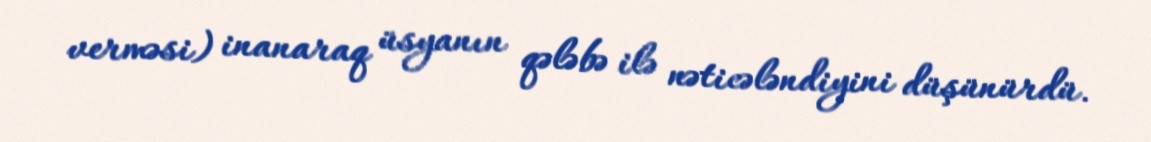
verməsi) inanaraq üsyanın qələbə ilə nəticələndiyini düşünürdü.